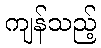
ကျန်သည့်